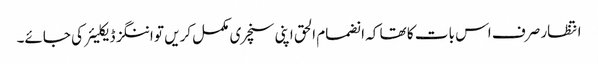
انتظار صرف اس بات کا تھا کہ انضمام الحق اپنی سنچری مکمل کریں تو اننگز ڈیکلیئر کی جائے۔